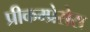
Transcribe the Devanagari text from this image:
प्रीकम्प्रेसेस